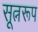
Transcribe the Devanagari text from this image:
सूत्नरूप